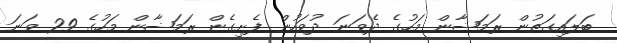
ބަލައިގަތުން ރަމަޟާން މަހުގެ ދެވަނަ ދުވަހުން ފެށިގެން ރަމަޟާން މަހުގެ 29 ވަނަ